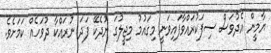
ޔާމީން އެދުވަސް ސިފަކުރައްވާފައިވަނީ މިގައުމު މިޖީލުގަ ނުދެކޭ ފަދަ ނުރައްކާ ދުވަހެއް ކަމަށެވެ.